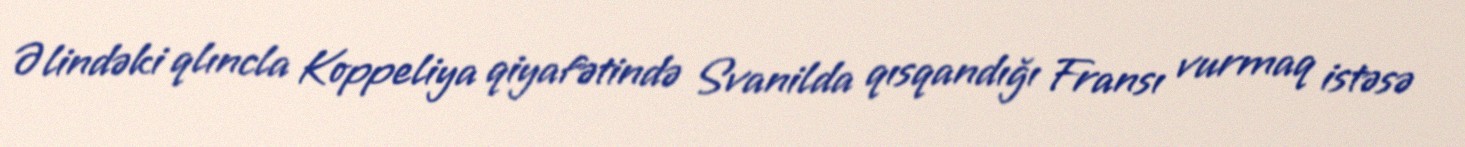
Əlindəki qlıncla Koppeliya qiyafətində Svanilda qısqandığı Fransı vurmaq istəsə